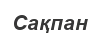
Сақпан